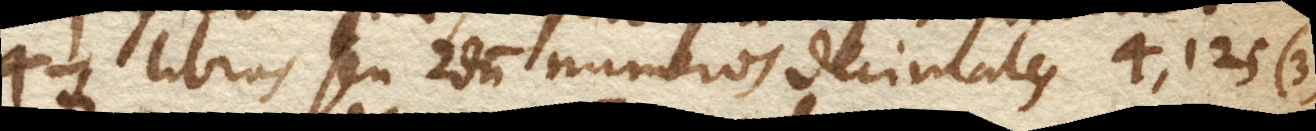
libras seu 2dum numeros decimales 4, 125 (3)